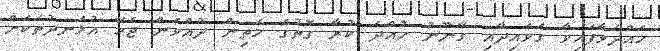
ހައްދަވާފައިވާ ގަވައިދާއި ގާނޫނު ހުއްދަ ކުރާ ގޮތުގެ މަތިން ދުއްވަން ޖެހޭ އުޅަނދުތަކަށް